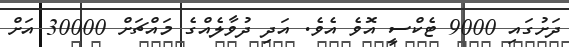
ދަށުގައި 9000 ޓެކްސީ އޮވެ އެވެ. އަދި ދުވާލެއްގެ މައްޗަށް 30000 އަށް